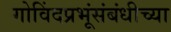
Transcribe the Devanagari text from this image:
गोविंदप्रभूंसंबंधीच्या